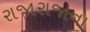
રાજારાજાના